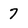
Character: 7